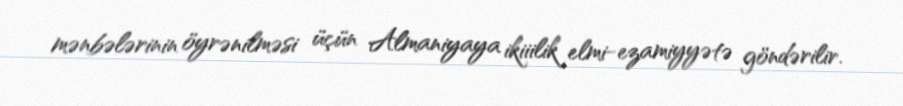
mənbələrinin öyrənilməsi üçün Almaniyaya ikiiilik elmi-ezamiyyətə göndərilir.